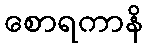
စောရကာနိ